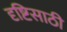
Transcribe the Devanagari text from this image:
दृष्टिसाठी